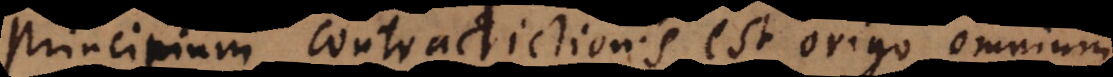
principium contradictionis est origo omnium